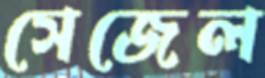
সেজেল